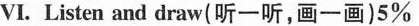
VI. Listen and draw(听一听,画一画)5%